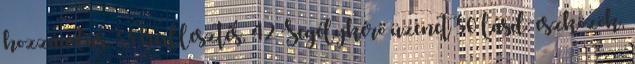
hozzáadás, 33 beillesztés, 42 Segélykérő üzenet 50 lásd: eszközök,